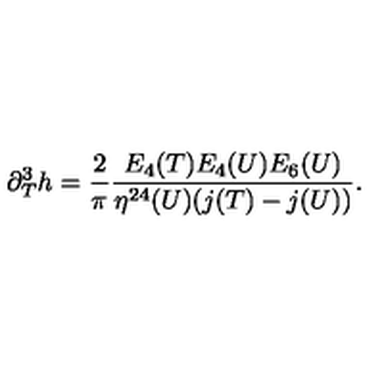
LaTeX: \partial _ { T } ^ { 3 } h = { \frac { 2 } { \pi } } { \frac { E _ { 4 } ( T ) E _ { 4 } ( U ) E _ { 6 } ( U ) } { \eta ^ { 2 4 } ( U ) ( j ( T ) - j ( U ) ) } } .